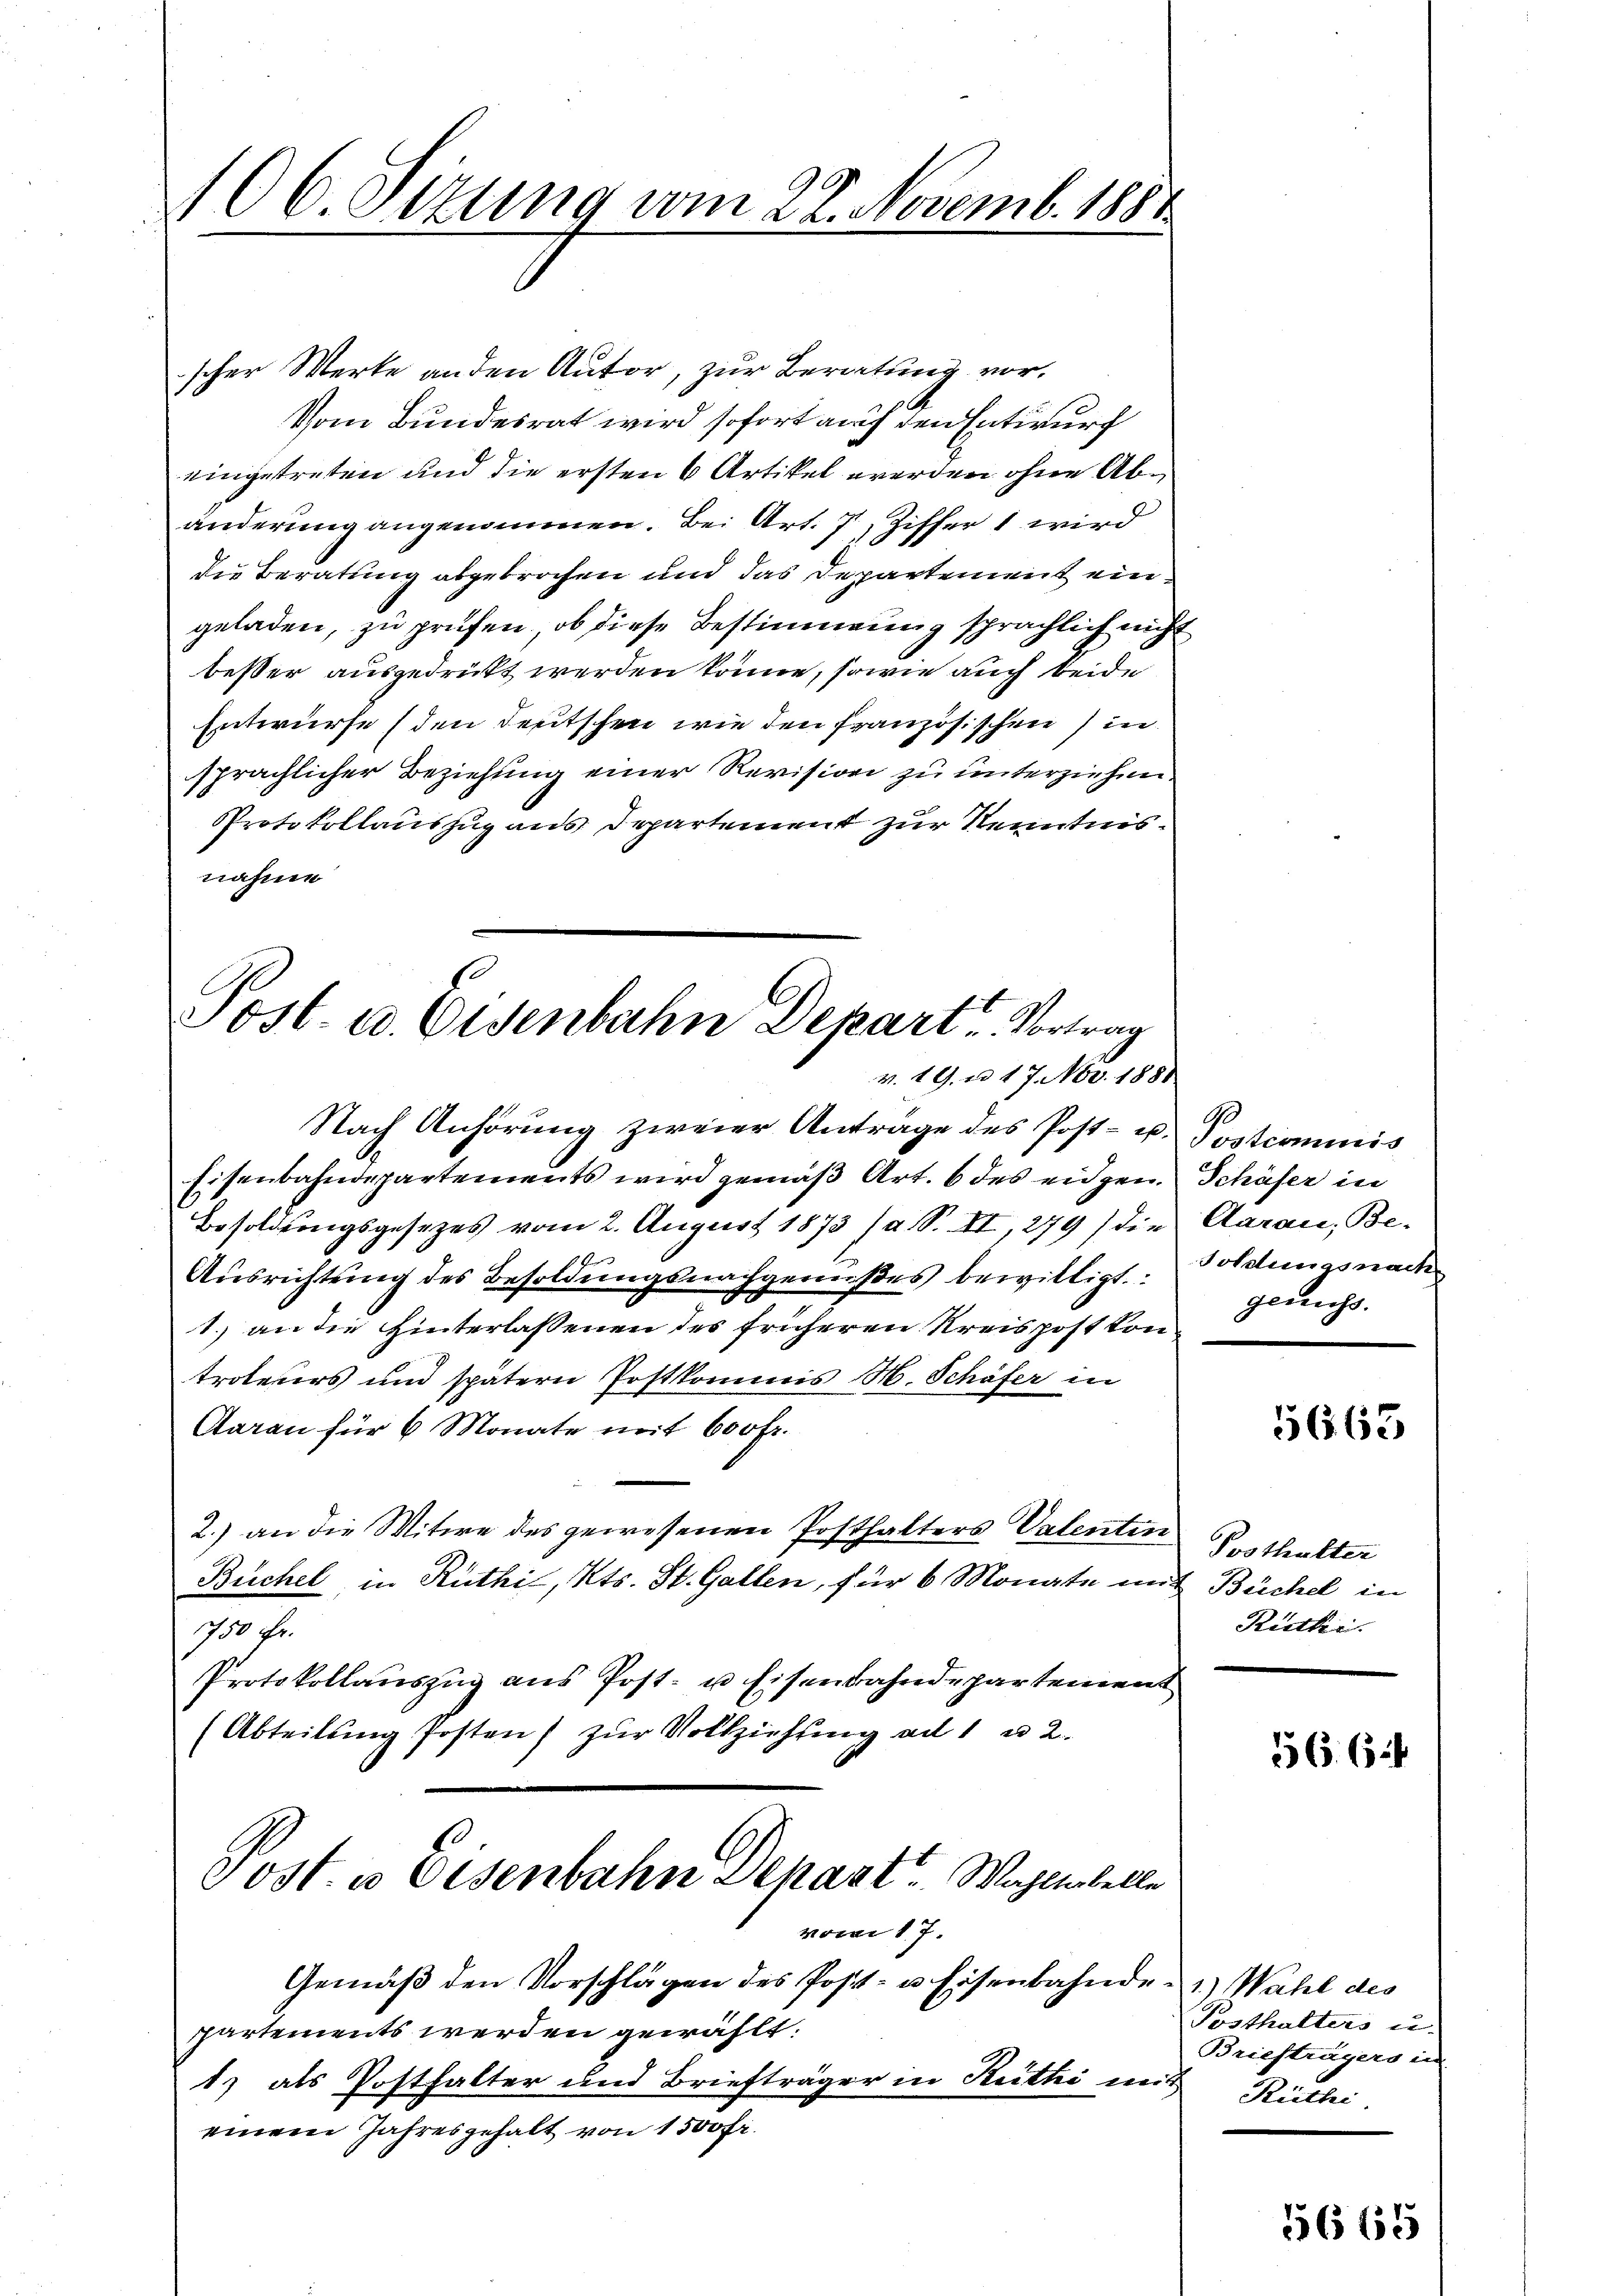
106 Sizung vom 22. Novemb. 1881

Post. u. Eisenbahn Depart. Vortrag
v. 19. u 17. Nov. 1881

scher Werke an den Autor, zur Beratung vor¬
Vom Bundesrat wird sofort auf den Entwurf
eingetreten und die ersten 6 Artikel werden ohne Abänderung angenommen. Bei Art. 7, Ziffer 1 wird
die Beratung abgebrochen und das Departement eingeladen, zu prüfen, ob diese Bestimmung sprächlich nicht
besser ausgedrückt werden könne, sowie auch beide
Entwurfe (den Deutschen wie den französischen in
sprächlicher Beziehung einer Revision zu unterziehen.
Protokollauszug aus Departement zur Kenntnisnahme

Nach Anhörung zweier Antrage des Post- u
Eisenbahndepartements wird gemäß Art. 6 des eidgen
Besoldungsgesezes vom 2. August 1873 /a S. II, 279) di
18
Ausrichtung des Besoldungsnachgenußes bewilligt.
h
1. an die Hinterlassenen des früheren Kreispost kon
troteners und spätern Postkommis M. Schäfer in
Aarau für 6 Monate mit 600 fr.
2.) an die Witwe des gewesenen Posthalters Valenti¬
Büchel in Rüthil, Kts. St. Gallen, für 6 Monate in
750 Fr.
Protokollauszug aus Post- u Eisenbahndepartemen
(Abteilŭng Posten) zŭr Vollziehŭng ad 1 u 2.
Post u. Eisenbahn Depart Wahlentell
vom 17.
Gemäβ den Vorschlägen des Post- u. Eisenbahnde.1) Wahl des
partements werden gewählt:
1) als Posthalter und Briefträger in Reithi mit
einem Jahresgehalt von 1500 Fr.

3. Postcommis
Schäser in
Aarau, Be-
Foldungsnach
gerichs.
e

1663

c
Posthalter
d Büchel in
Rüthi

56. 624

Posthalters u.
Briefträgers in
Riethi

5665